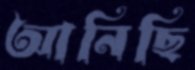
আনিছি